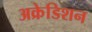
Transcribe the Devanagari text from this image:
अक्रेडिशन